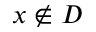
x \notin D